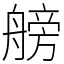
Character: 艕